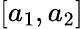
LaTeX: [a_{1},a_{2}]